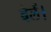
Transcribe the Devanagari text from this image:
बेलें।